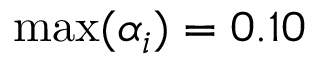
\operatorname* { m a x } ( \alpha _ { i } ) = 0 . 1 0